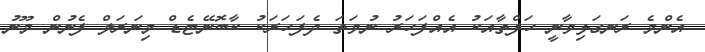
އެންމެ ރަނގަޅިވާނީ ހަފްތާއަކު އެއްފަހަރު ނުވަތަ ދެފަހަރަކު ކާބޮނޭޓެޑް މިނަރަލް ފެނުން މޫނު